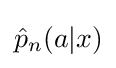
{\hat {p}}_{n}(a|x)